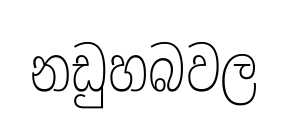
නඩුහබවල